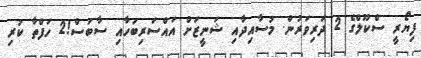
ފިޔޯރީ ސްކޫލްގެ 2 ދަރިވަރުން. މުސާއިދާއި ޝަނީޒަށް އައްސަރިބަހާއި ސާބަސް!2 ހަފްތާ ކުރި